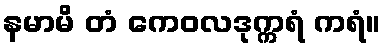
နမာမိ တံ ကေဝလဒုက္ကရံ ကရံ။